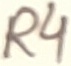
Text: R4